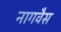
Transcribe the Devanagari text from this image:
नागवैस